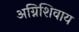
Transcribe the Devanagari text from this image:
अग्निशिवाय